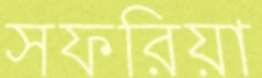
সফরিয়া